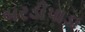
બરડીપાડા